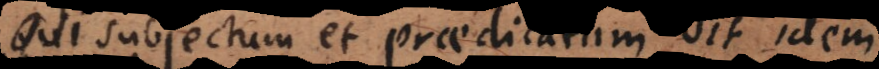
Si subjectum et praedicatum sit idem